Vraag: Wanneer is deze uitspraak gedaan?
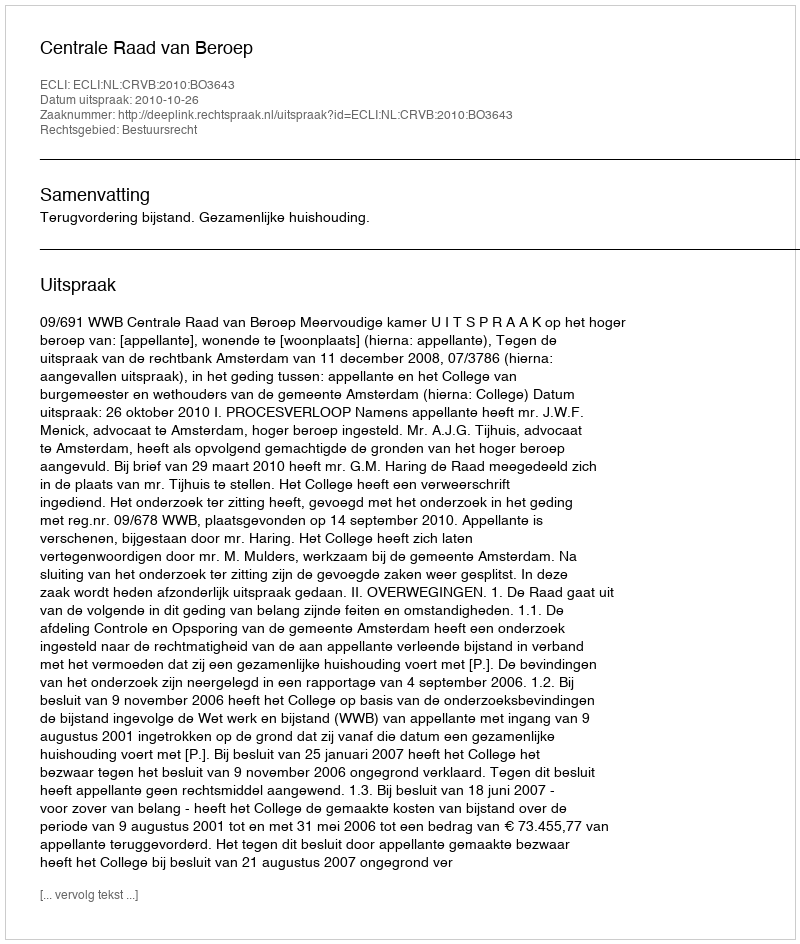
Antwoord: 2010-10-26